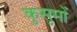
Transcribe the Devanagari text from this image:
कुसुमों